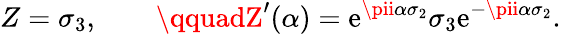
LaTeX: Z=\sigma_{3},\qquad\qquadZ^{\prime}(\alpha)=\mathrm{e}^{\pii\alpha\sigma_{2}}\sigma_{3}\mathrm{e}^{-\pii\alpha\sigma_{2}}.